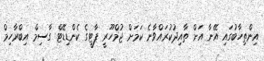
އިންތިހާބުގައި އޭނާ އަށް ތާއިދުކުރައްވާނެ ކަމަށް ޖުމްހޫރީ ޕާޓީގެ ކެންޑިޑޭޓް ގާސިމް އިބްރާހިމް